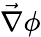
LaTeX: \vec{\nabla}\phi